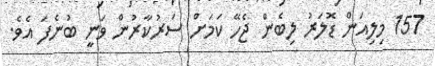
157 މިލިއަން ޑޮލަރު ލިބެން ޖެހޭ ކަމަށް ސަރުކާރުން ވަނީ ބުނެފަ އެވެ.